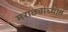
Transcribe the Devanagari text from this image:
मराठ्यांच्यात